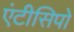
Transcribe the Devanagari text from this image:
एंटीसिपो